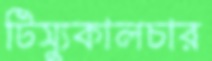
টিস্যুকালচার